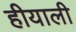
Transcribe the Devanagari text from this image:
हीयाली